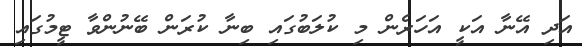
އަދި އޭނާ އަކީ އަހަރެން މި ކުލަބުގައި ބިނާ ކުރަން ބޭނުންވާ ޓީމުގައި